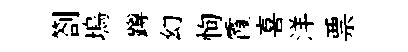
劄塢蹲幻恂霞喜洋票